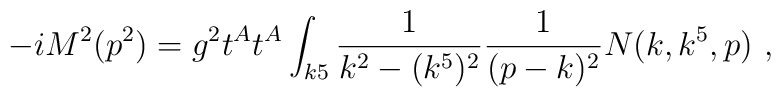
-i M^2(p^2) =   g^2 t^A t^A \int_{k5} {1\over k^2 - (k^5)^2} {1\over (p-k)^2}  N(k,k^5,p)\   ,